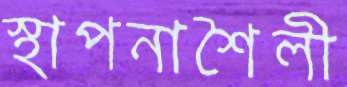
স্থাপনাশৈলী